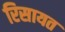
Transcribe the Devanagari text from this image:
रिसायत